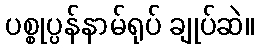
ပစ္စုပ္ပန်နာမ်ရုပ် ချုပ်ဆဲ။